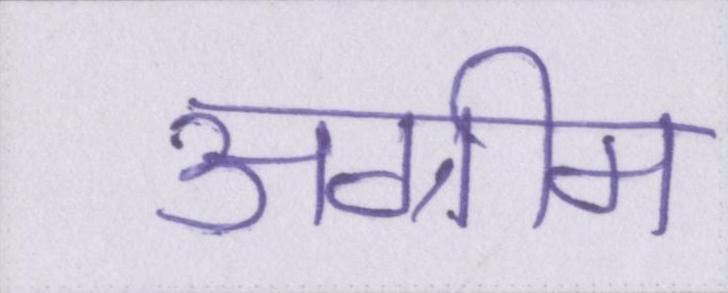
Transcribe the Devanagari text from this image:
अग्रीम